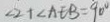
\angle 2 + \angle A E B = 9 0 ^ { \circ }